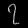
Digit: ၇